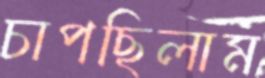
চাপছিলাম